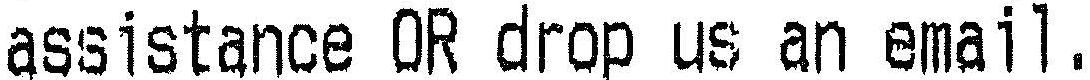
ASSISTANCE OR DROP US AN EMAIL.